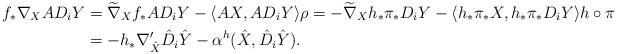
LaTeX: \begin{align*} f_{*}\nabla_X AD_iY&=\widetilde{\nabla}_X f_{*}AD_iY -\langle AX,AD_iY\rangle \rho=-\widetilde{\nabla}_X h_{*}\pi_{*}D_i Y-\langle h_{*}\pi_{*}X,h_{*}\pi_{*} D_iY\rangle h\circ\pi\\ &=-h_{*}\nabla'_{\hat{X}}\hat{D}_i\hat{Y}-\alpha^h(\hat{X},\hat{D}_i\hat{Y}). \end{align*}